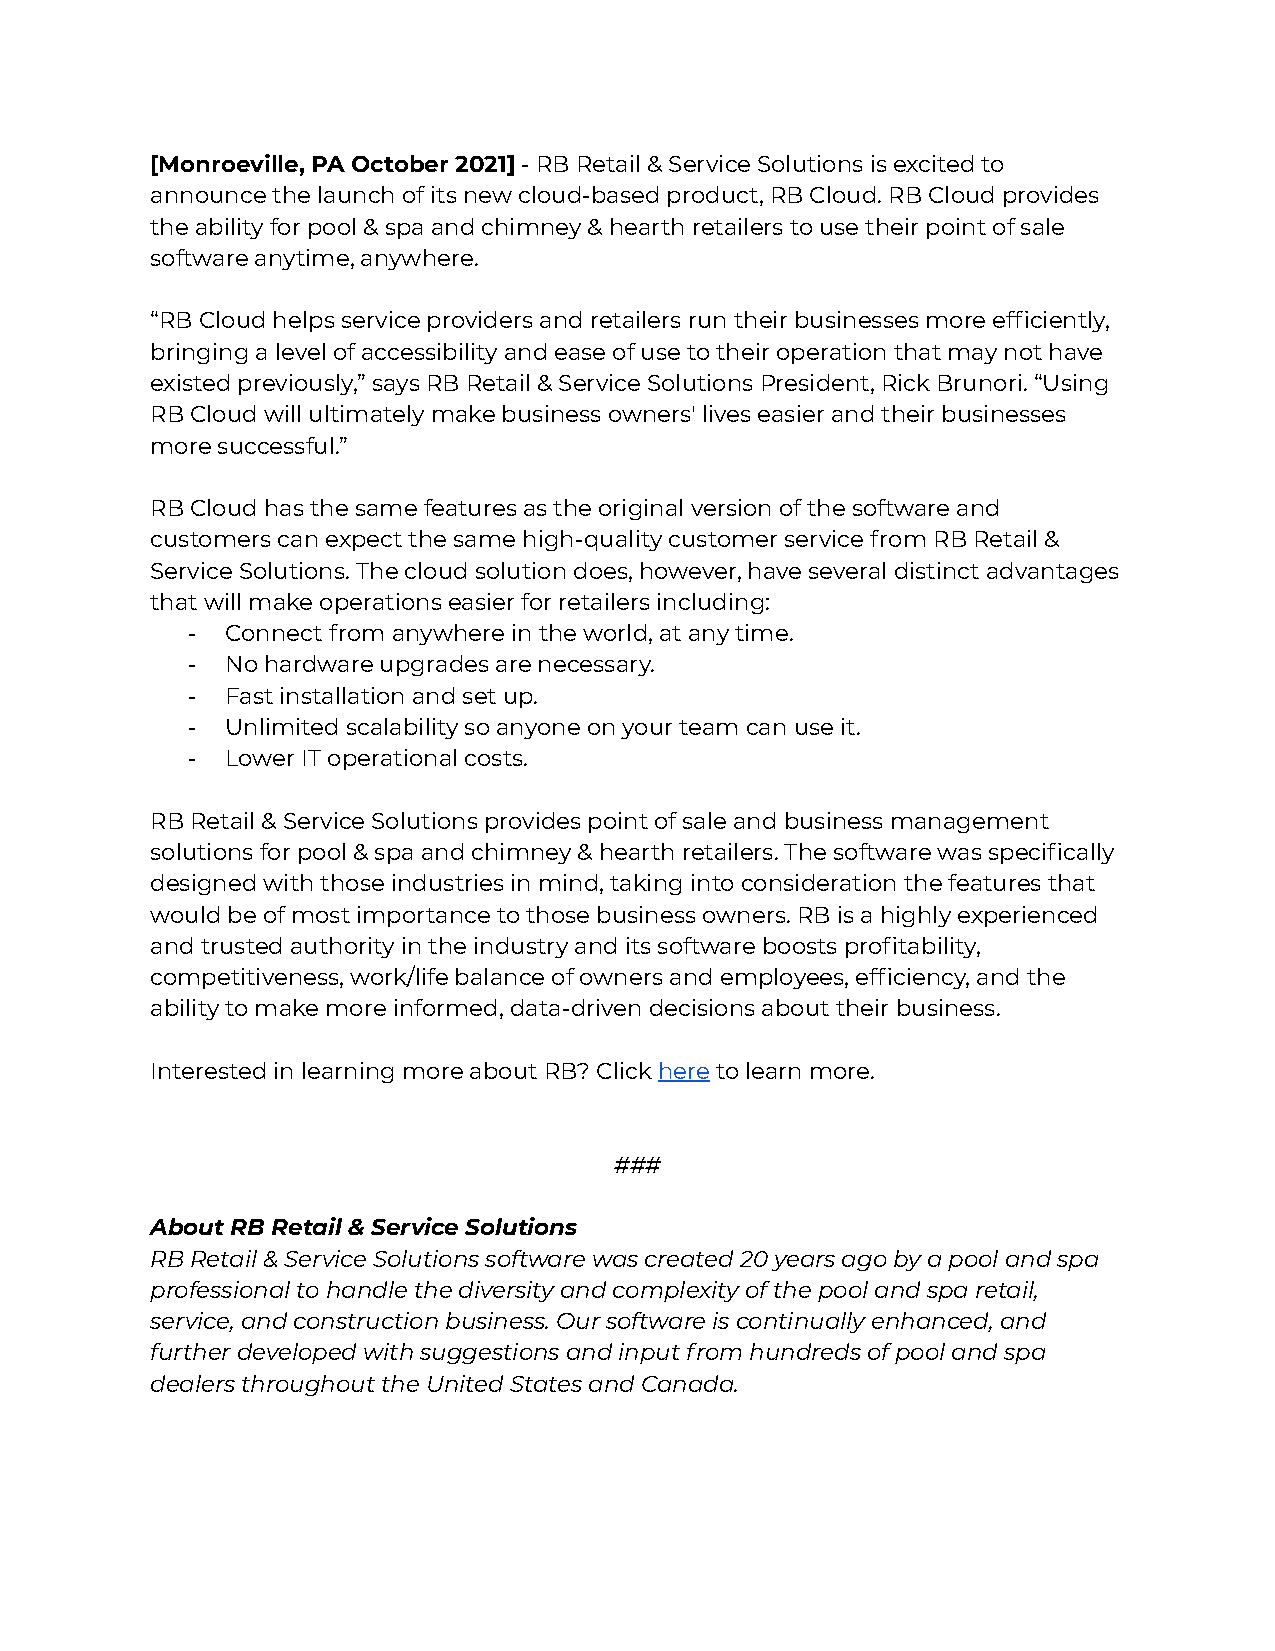
[Monroeville, PA October 2021]- RB Retail & ServiceSolutions is excited to
 announce the launch of its new cloud-based product, RB Cloud. RB Cloud provides
 the ability for pool & spa and chimney & hearth retailers to use their point of sale
 software anytime, anywhere.
 “RB Cloud helps service providers and retailers run their businesses more efficiently,
 bringing a level of accessibility and ease of use to their operation that may not have
 existed previously,” says RB Retail & Service Solutions President, Rick Brunori. “Using
 RB Cloud will ultimately make business owners' lives easier and their businesses
 more successful.”
 RB Cloud has the same features as the original version of the software and
 customers can expect the same high-quality customer service from RB Retail &
 Service Solutions. The cloud solution does, however, have several distinct advantages
 that will make operations easier for retailers including:
 -  Connect from anywhere in the world, at any time.
 -  No hardware upgrades are necessary.
 -  Fast installation and set up.
 -  Unlimited scalability so anyone on your team can use it.
 -  Lower IT operational costs.
 RB Retail & Service Solutions provides point of sale and business management
 solutions for pool & spa and chimney & hearth retailers. The software was specifically
 designed with those industries in mind, taking into consideration the features that
 would be of most importance to those business owners. RB is a highly experienced
 and trusted authority in the industry and its software boosts profitability,
 competitiveness, work/life balance of owners and employees, efficiency, and the
 ability to make more informed, data-driven decisions about their business.
 Interested in learning more about RB? Clickheretolearn more.
 ###
 About RB Retail & Service Solutions
 RB Retail & Service Solutions software was created 20 years ago by a pool and spa
 professional to handle the diversity and complexity of the pool and spa retail,
 service, and construction business. Our software is continually enhanced, and
 further developed with suggestions and input from hundreds of pool and spa
 dealers throughout the United States and Canada.